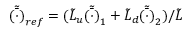
\tilde { \bar { ( \cdot ) } } _ { r e f } = ( { \tilde { L } _ { u } \tilde { \bar { ( \cdot ) } } _ { 1 } + \tilde { L } _ { d } \tilde { \bar { ( \cdot ) } } _ { 2 } } ) / { \tilde { L } }